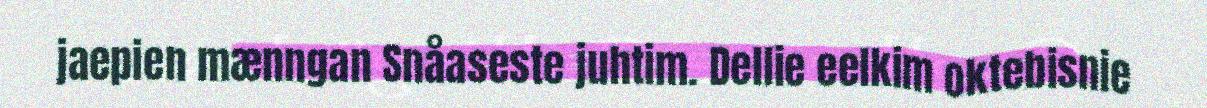
jaepien mænngan Snåaseste juhtim. Dellie eelkim oktebisnie